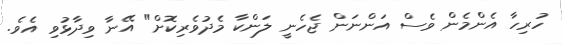
ހުރިހާ އެންމެން ވެސް އަންނަން ޖެހެނީ ލަންކާ މެދުވެރިކޮށް" އޭނާ ވިދާޅުވި އެވެ.